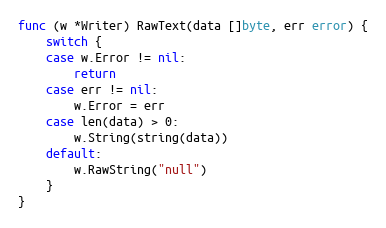
Language: Go
func (w *Writer) RawText(data []byte, err error) {
	switch {
	case w.Error != nil:
		return
	case err != nil:
		w.Error = err
	case len(data) > 0:
		w.String(string(data))
	default:
		w.RawString("null")
	}
}